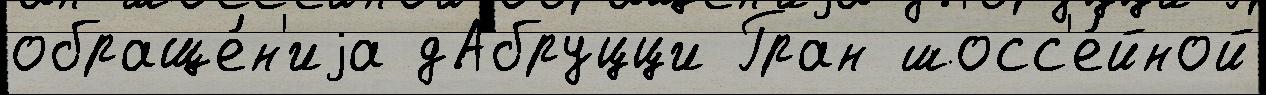
обраще́н'иjа дАбруцци Гран шосс'е́йной